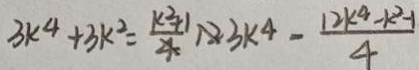
3 k ^ { 4 } + 3 k ^ { 2 } = \frac { k ^ { 2 } + 1 } { 4 } 1 2 3 k ^ { 4 } - \frac { 1 2 k ^ { 4 } - k ^ { 2 } - 1 } { 4 }